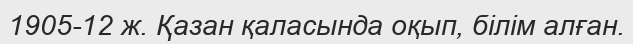
1905-12 ж. Қазан қаласында оқып, білім алған.